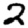
Digit: 2